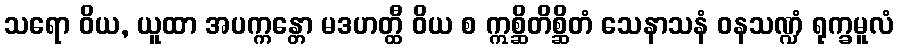
သရော ဝိယ, ယူထာ အပက္ကန္တော မဒဟတ္ထီ ဝိယ စ ဣစ္ဆိတိစ္ဆိတံ သေနာသနံ ဝနသဏ္ဍံ ရုက္ခမူလံ